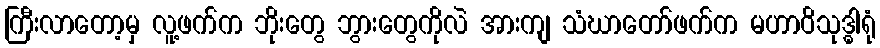
ကြီးလာတော့မှ လူ့ဖက်က ဘိုးတွေ ဘွားတွေကိုလဲ အားကျ သံဃာတော်ဖက်က မဟာဝိသုဒ္ဓါရုံ